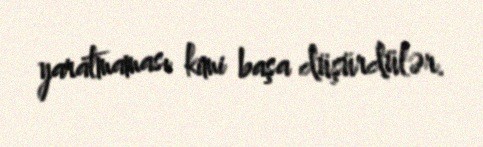
yaratmaması kimi başa düşürdülər.